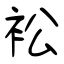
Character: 衳